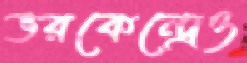
ভরকেন্দ্রেও